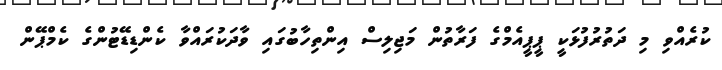
ކުރެއްވި މި ދަތުރުފުޅަކީ ޕީޕީއެމްގެ ފަރާތުން މަޖިލިސް އިންތިހާބުގައި ވާދަކުރައްވާ ކެންޑިޑޭޓުންގެ ކެމްޕޭން